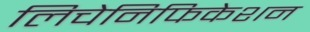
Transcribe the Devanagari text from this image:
लिचेनिफिकेशन